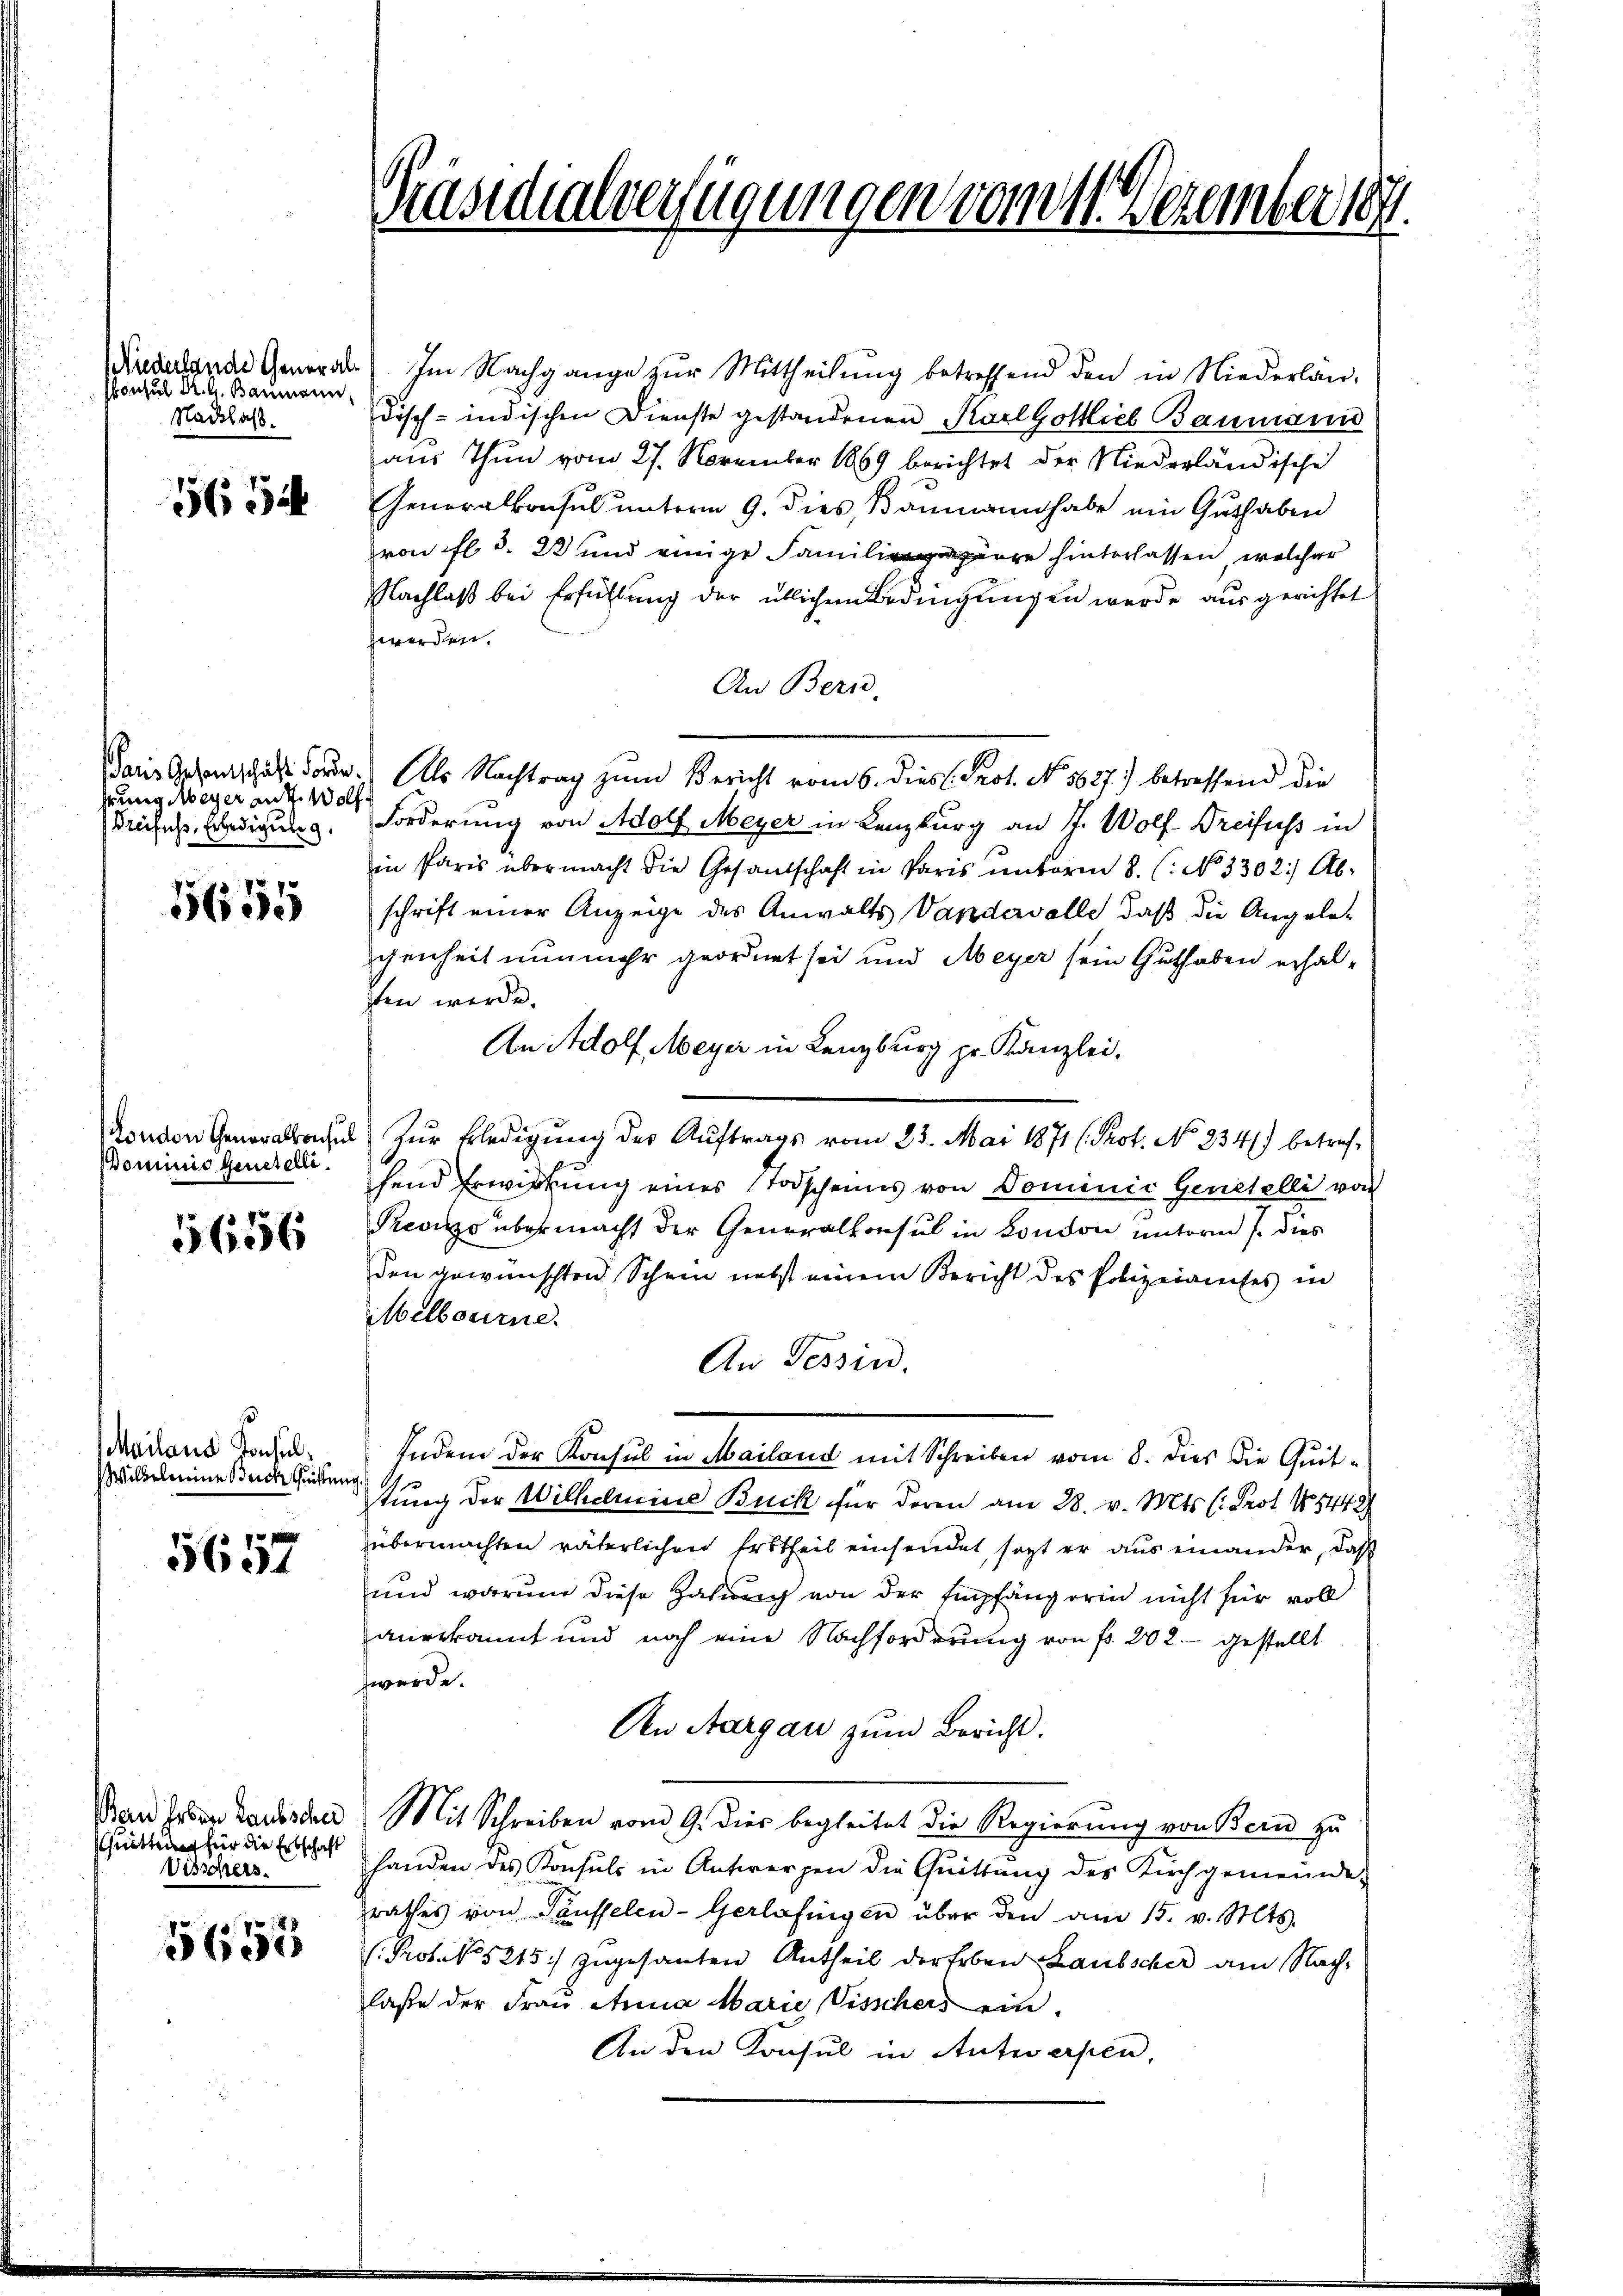
(Niederlande Generalskonsul Dr. A. Baumann
Nachlass.

56 Jah

kung Meyer an 4. Wolf
Brefus, Erledigung.

5655

Dominio genstelli¬

5656

Mailans Konsul¬
Wilkelleine Reich Quittung

5657

schnitten für die Erbschaft
Visschers.

xx
5605

Präsidialverfügungen vom 11. Dezember 189.

Im Nachgange zur Mittheilung betreffend den in Niederländisch-indischen Dienste gestandenen Karl Gottlieb Baumann
aus Thun vom 27. November 1869 berichtet der Niederländische
Generalkonsul unterm 9. dies, Baumann habe ein Guthaben
von fl. d. 23 und einige Familienge hinterlassen, welcher
Nachlaß bei Erfüllung der üblichen Bedingungen werde ausgerichtet
werden.
An Bern,
Paris Gesandtschaft dorte. Als Nachtrag zŭm Bericht vom 6. diess. Prot. No. 5627) betreffend die
Forderung von Adolf Meyer in Lenzburg an J. Wolf. Dreifuss in
in Paris übermacht die Gesandschaft in Paris unterm 8. (: No 3302) Abschrift einer Anzeige des Anwalts Vandervolle, daß die Angelegenheit nunmehr geordnet sei und Meyer sein Guthaben erhalsten werde.
An Adolf Meyer in Lenzburg pr. Kanzlei.
donen Gebrache zur Erledigung der Auftrags vom 25. Mai 1871 (Prot. No 2341) betrefhend Erwirkung eines Todscheines von Dominic Genehelli von
Previzzo übermacht der Generalkonsul in London unterm 1. dies
den gewünschten Schein nebst einem Bericht des Polizeiamtes in
Melbourne.
An Tessin.
Indem der Konsul in Mailand mit Schreiben vom 8. dies die Quittung der Wilhelmine Buck für deren am 28. v. Mts. (: Prot. No 84429
übermachten väterlichen Erbtheil einsendet, sagt er aus einander, daß
und warum diese Zahung von der Empfang orin nicht für voll
anerkannt und noch eine Nachforderung von fr. 202. gestellt
werde.
Den Aargau zum Bericht.
Dan haben Sardische Mit Schreiben vom 9. dies begleitet die Regierung von Bern zu
handen des Konsuls in Antwergen die Quittŭng des Kirchgemeinde-
rathes von Sausselen-Gerlafingen über den am 15. v. Mts.
Prof. No. 5215) zugesanten Antheil der Erben Laubscher am Nachlasse der Frau Anna Marie Visschers ein.
An den Konsul in Antwerpen,